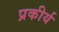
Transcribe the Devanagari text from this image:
प्रकीर्य